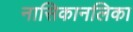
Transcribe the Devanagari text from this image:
नासिकानलिका